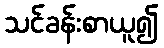
သင်ခန်းစာယူ၍